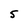
Character: 5